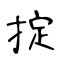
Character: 掟